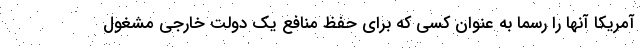
آمریکا آنها را رسما به عنوان کسی که برای حفظ منافع یک دولت خارجی مشغول